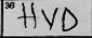
Transcription: HVD